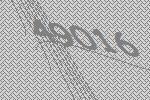
49016